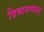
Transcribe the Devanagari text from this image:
विभागण्यात्